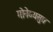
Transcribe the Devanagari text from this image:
मोनेय्यसुत्त